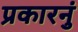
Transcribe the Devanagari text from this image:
प्रकारनुं